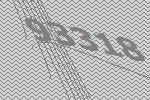
93318